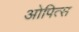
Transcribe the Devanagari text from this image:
ओपित्स